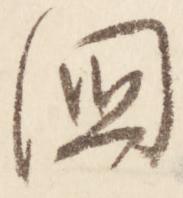
国